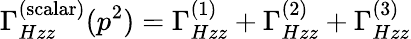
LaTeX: \Gamma_{Hzz}^{(\mathrm{scalar})}(p^{2})=\Gamma_{Hzz}^{(1)}+\Gamma_{Hzz}^{(2)}+\Gamma_{Hzz}^{(3)}